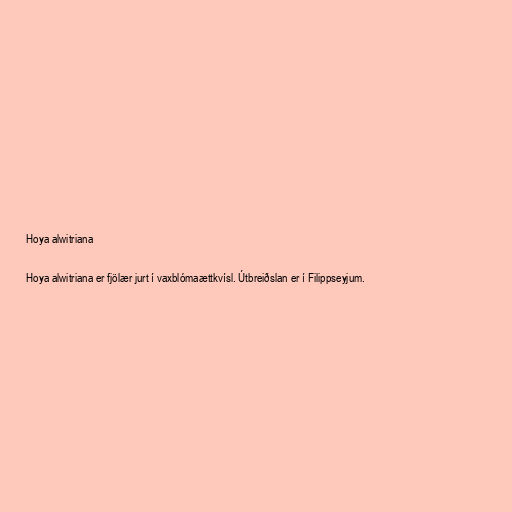
Hoya alwitriana

Hoya alwitriana er fjölær jurt í vaxblómaættkvísl. Útbreiðslan er í Filippseyjum.